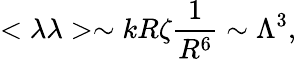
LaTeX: <\lambda\lambda>\sim kR\zeta\frac{1}{R^{6}}\sim\Lambda^{3},